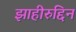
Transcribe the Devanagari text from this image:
झाहीरुद्दिन